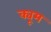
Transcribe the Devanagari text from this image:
क्यूम